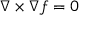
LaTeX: { \boldsymbol { \nabla } } \times { \boldsymbol { \nabla } } f = 0